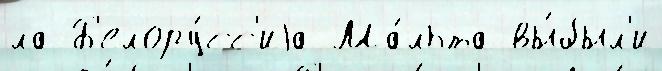
ла Б'елору́сс'иjа Ма́льта вы́был'и